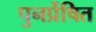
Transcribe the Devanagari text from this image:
पुनर्प्रेषित